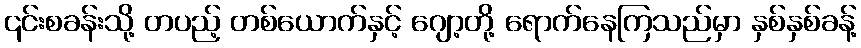
၎င်းစခန်းသို့ တပည့် တစ်ယောက်နှင့် ဂျော့တို့ ရောက်နေကြသည်မှာ နှစ်နှစ်ခန့်